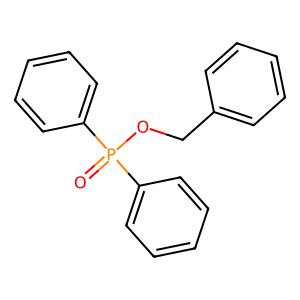
SMILES: O=P(OCc1ccccc1)(c1ccccc1)c1ccccc1
Inhibits HIV replication: No